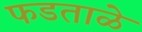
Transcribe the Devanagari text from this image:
फडताळे